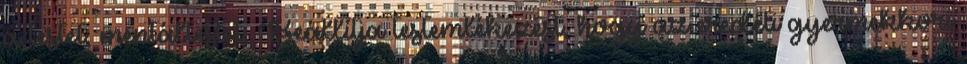
a testet, mentáltestet. Beállítja testemlékezést, hogy az eredeti gyermekkori